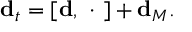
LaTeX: { \bf d } _ { t } = [ { \bf d } , \ \cdot \ ] + { \bf d } _ { M } .